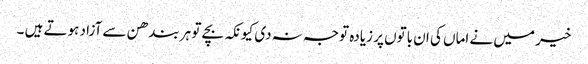
خیر میں نے اماں کی ان باتوں پر زیادہ توجہ نہ دی کیونکہ بچے تو ہر بندھن سے آزاد ہوتے ہیں ۔